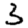
Digit: 3